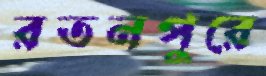
রতনপুরে